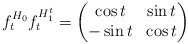
\begin{align*}f_{t}^{H_{0}}f_{t}^{H_{1}^{t}}=\begin{pmatrix}\cos t & \sin t\\-\sin t & \cos t\end{pmatrix}\end{align*}